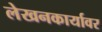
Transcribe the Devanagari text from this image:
लेखनकार्यावर